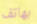
بهاتف